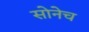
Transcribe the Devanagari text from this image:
सोनेच